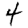
Digit: 4